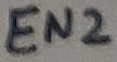
Text: EN2